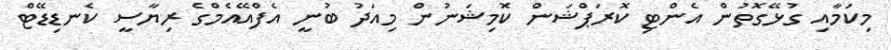
މިކަމާއި ގުޅޭގޮތުން އެންޓި ކޮރަޕްޝަން ކޮމިޝަނުން މިއަދު ބުނީ އެފްއޭއެމްގެ ރިޔާސީ ކެނޑިޑޭޓް